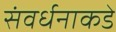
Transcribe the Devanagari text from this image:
संवर्धनाकडे